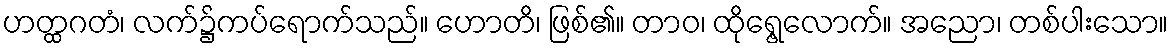
ဟတ္ထဂတံ၊ လက်၌ကပ်ရောက်သည်။ ဟောတိ၊ ဖြစ်၏။ တာဝ၊ ထိုရွေ့လောက်။ အညော၊ တစ်ပါးသော။